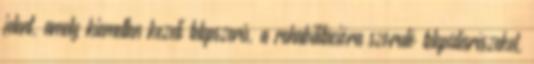
jelent, amely kiemelten kezeli telepszerű, a rehabilitációra szoruló településrészeket,